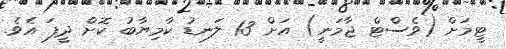
ޓީމަށް (ވެސްޓް ޖާމަނީ) އަށް 13 ލަނޑު ކާމިޔާބު ކޮށް ދީފަ އެވެ.